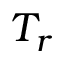
T _ { r }